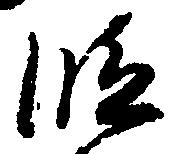
段